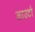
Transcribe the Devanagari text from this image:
काउटो